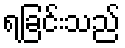
ရခြင်းသည်